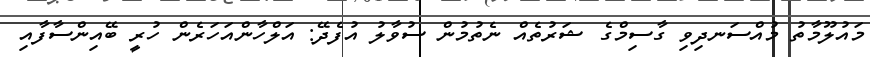
މައުލޫމާތު މުއްސަނދިވި ގާސިމްގެ ޝަރުތެއް ނެތުމުން ސުވާލު އުފެދޭ: އަލްހާންއަހަރެން ހުރީ ބޭއިންސާފާއި